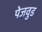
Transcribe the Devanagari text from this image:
पेजवुड